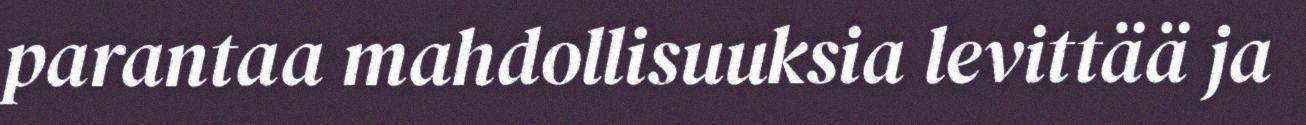
parantaa mahdollisuuksia levittää ja